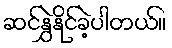
ဆင်နွှဲနိုင်ခဲ့ပါတယ်။